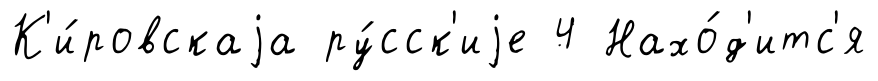
К'и́ровскаjа ру́сск'иjе 4 Нахо́д'итс'я